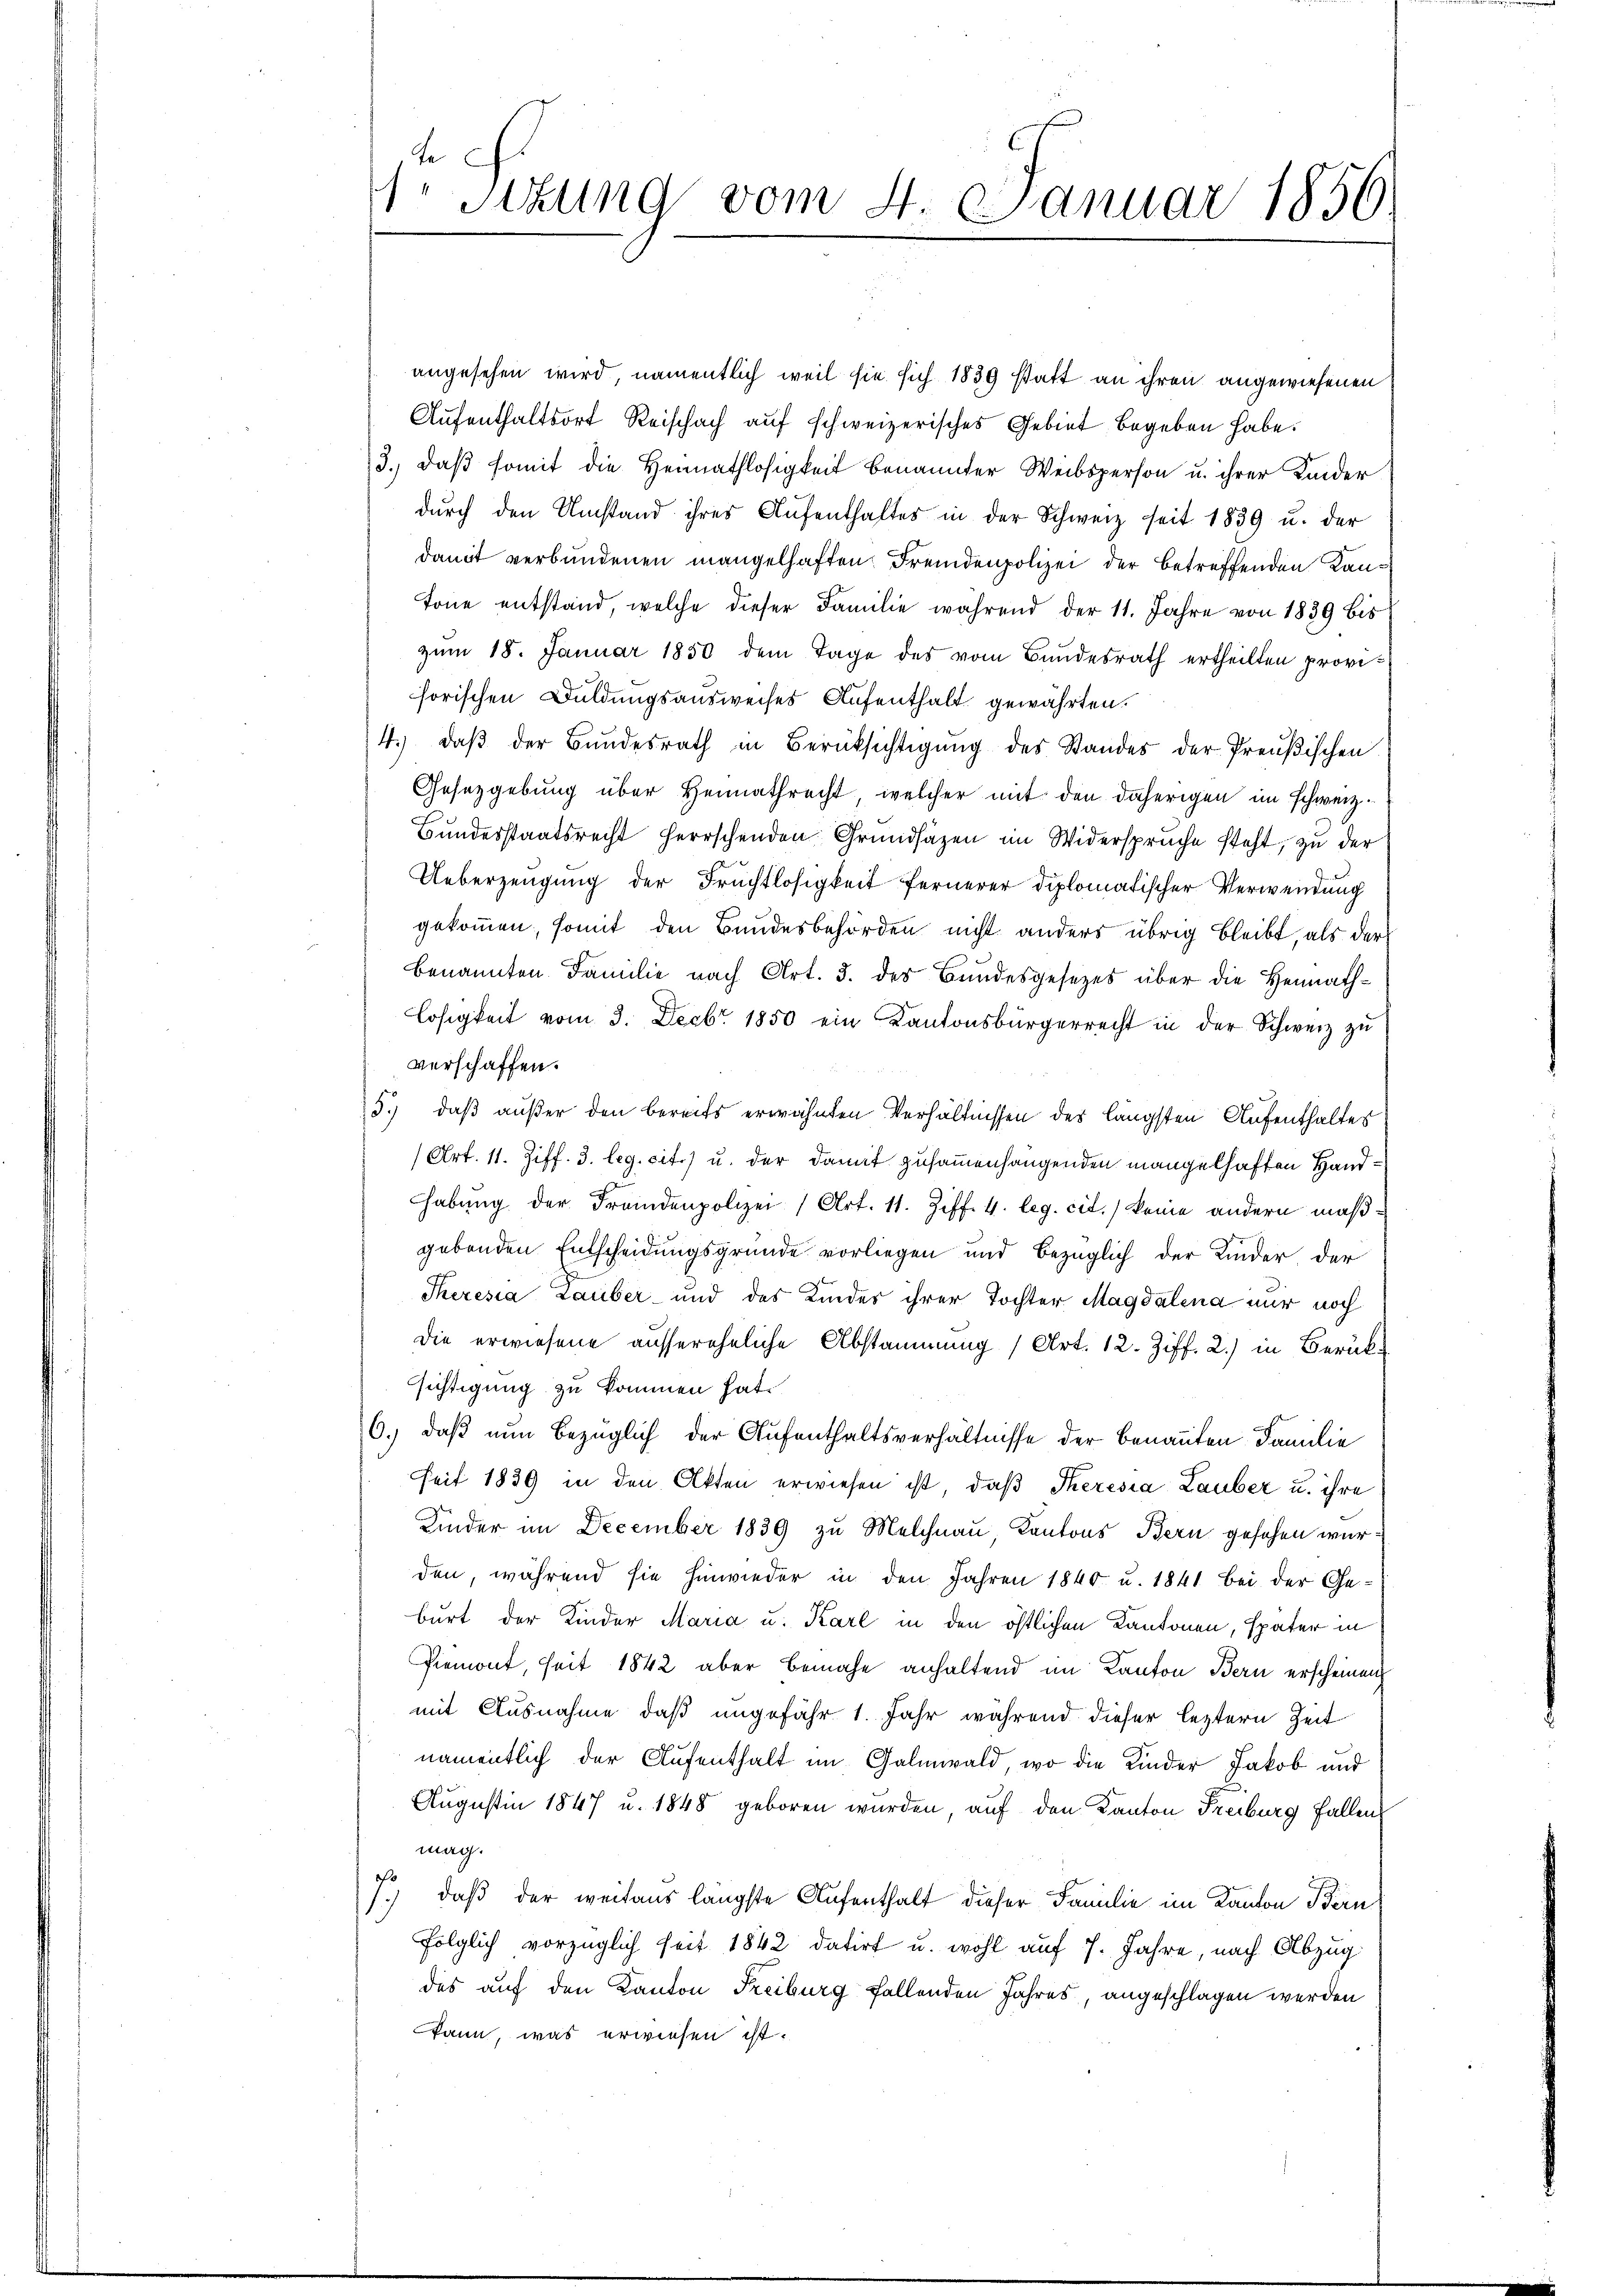
1. Sitzung vom 4. Januar 1856

angesehen wird, namentlich weil sie sich 1839 statt an ihren angewiesenen
Aufenthaltsort Reischach auf schweizerisches Gebiet begeben habe.
3., daß somit die Heimathlosigkeit benannter Weibsperson u. ihrer Kinder
dŭrch den Umstand ihres Aŭfenthaltes in der Schweiz seit 1839 u. der
damit verbundenen mangelhaften Fremdenpolizei der betreffenden Kan¬
Tone entstand, welche dieser Familie während der 11. Jahre von 1839 bis
zum 18. Januar 1850 dem Tage des vom Bundesrath ertheilten provihorischen Duldungsausweises Aufenthalt gewährten.
4.) daß der Bundesrath in Berücksichtigung des Standes der Preußischen
Gesetzgebung über Heimathrecht, welcher mit den daherigen im schweiz.
Bundesstaatsrecht herrschenden Grundsäzen im Widerspruche steht, zu der
Ueberzeugung der Fruchtlosigkeit fernerer Diplomatischer Verwendung
gekommen, somit den Bundesbehörden nicht anders übrig bleibt, als der
benannten Familie nach Art. 3. des Bundesgesezes über die Heimathlosigkeit vom 3. Decbr. 1850 ein Kantonsbürgerrecht in der Schweiz zu
verschaffen.
5.) daß außer den bereits erwähnten Verhältnissen des längsten Aufenthaltes
(Art. 11. Ziff. 3. leg. cit.) u. der damit zusammenhangenden mangelhaften Hand¬
Habung der Fremdenpolizei 1 Art. 11. Ziff. 4. leg. cit. keine andern maßgebenden Entscheidungsgründe vorliegen und bezüglich der Kinder, der
Theresia Lauber- und des Kindes ihrer Tochter Magdalena nur noch
die erwiesene aussereheliche Abstammung (Art. 12. Ziff. 2.) in Berücksichtigung zu kommen hat.
6.) daß nun bezüglich der Aufenthaltsverhältnisse der benannten Familie
seit 1839 in den Akten erwiesen ist, daß Theresia Lauber u. ihre
Kinder im December 1839 zu Melchnau, Kantons Bern gesehen warden, während sie hinwieder in den Jahren 1840 u. 1841 bei der Geburt der Kinder Maria u. Karl in den östlichen Kantonen, später in
Piemont, seit 1842 aber bemahe anhaltend im Kanton Bern erscheinen
mit Ausnahme, daß ungefähr 1. Jahr während dieser leztern Zeit
namentlich der Aufenthalt im Galmwald, wo die Kinder Jakob und
Augustin 1847 u. 1848 geboren wurden, auf den Kanton Freiburg fallen
mag.
f
1.) daß der weitaus längste Aufenthalt dieser Familie im Kanton Bern
folglich vorzüglich seit 1842 datirt u. wohl auf 7. Jahre, nach Abzug
des auf den Kanton Freiburg fallenden Jahres, angeschlagen werden
kann, was erwiesen ist.